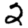
Digit: 2